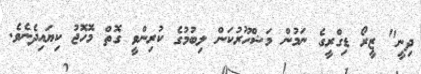
ދިނީ" ޒީރޯ ޑިގްރީގެ ނަމުން މަޝްހޫރުކަން ލިބުމުގެ ކުރިންވީ ގޮތް މޮހޮޖު ކިޔައިދެނެވެ.